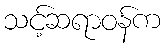
သင့်ဆရာဝန်က